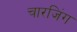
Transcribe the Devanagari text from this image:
चारजिंग